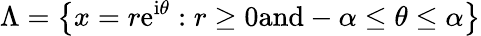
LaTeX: \Lambda=\left\{ x=r\textrm{e}^{\textrm{i}\theta}:r\geq 0\textrm{and}-\alpha\leq\theta\leq\alpha\right\}